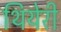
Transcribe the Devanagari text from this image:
थियेरी